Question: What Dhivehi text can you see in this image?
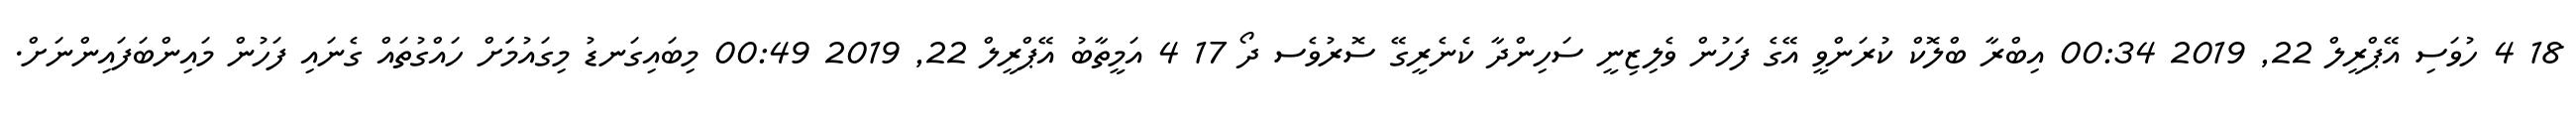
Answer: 18 4 ހުވަސި އޭޕްރީލް 22, 2019 00:34 އިބްރާ ބްލޮކް ކުރަންވީ އޭގެ ފަހުން ވެލިޒިނީ ސަހިންދާ ކެނެރީގޭ ސޮރުވެސ ދޯ 17 4 އަމީތާބު އޭޕްރީލް 22, 2019 00:49 މިބައިގަނޑު މިގައުމަަށް ހައްގުތައް ގެނައި ފަހުން މައިންބަފައިންނަށް.